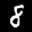
Label: 8